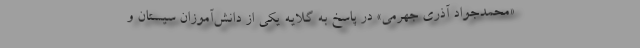
«محمدجواد آذری جهرمی» در پاسخ به گلایه یکی از دانش‌آموزان سیستان و